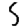
Digit: 5